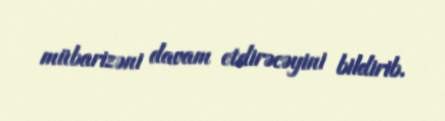
mübarizəni davam etdirəcəyini bildirib.